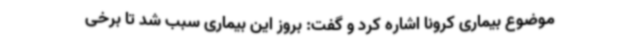
موضوع بیماری کرونا اشاره کرد و گفت: بروز این بیماری سبب شد تا برخی